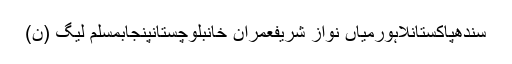
سندھپاکستانلاہورمیاں نواز شریفعمران خانبلوچستانپنجابمسلم لیگ (ن)